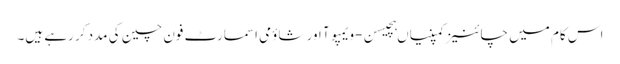
اس کام میں چائنیز کمپنیاں ہچیسن-ویمپوآ اور شاؤمی اسمارٹ فون چین کی مدد کر رہے ہیں۔